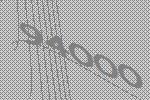
94000